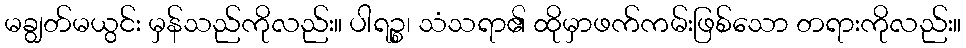
မချွတ်မယွင်း မှန်သည်ကိုလည်း။ ပါရဉ္စ၊ သံသရာ၏ ထိုမှာဖက်ကမ်းဖြစ်သော တရားကိုလည်း။